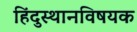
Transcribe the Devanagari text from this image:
हिंदुस्थानविषयक